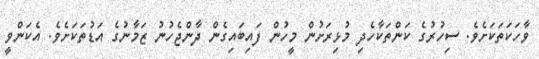
ވާހަކަތަކަށެވެ. ސިހުރުގެ ކަންތަކާހެދި މުޅިރަށުން މީހުން ފައިބައިގެން ދާންޖެހުނު ޒަމާނުގެ އަޑުތަކަށެވެ. އެކަންވީ